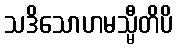
သဒိသောဟမသ္မီတိပိ